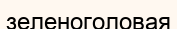
зеленоголовая